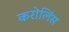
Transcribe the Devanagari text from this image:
करोलिंस